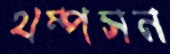
থম্পসন